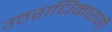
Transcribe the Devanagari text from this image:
उत्तराधिकारणी